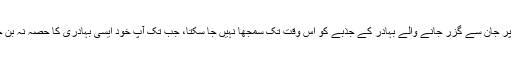
جہاد پر جان سے گزر جانے والے بہادر کے جذبے کو اس وقت تک سمجھا نہیں جا سکتا، جب تک آپ خود ایسی بہادری کا حصہ نہ بن جائیں۔